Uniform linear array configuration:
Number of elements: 32
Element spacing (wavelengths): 0.25
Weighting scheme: binomial
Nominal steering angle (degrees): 45
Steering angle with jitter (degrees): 45.442
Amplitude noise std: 0.05
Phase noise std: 0.05

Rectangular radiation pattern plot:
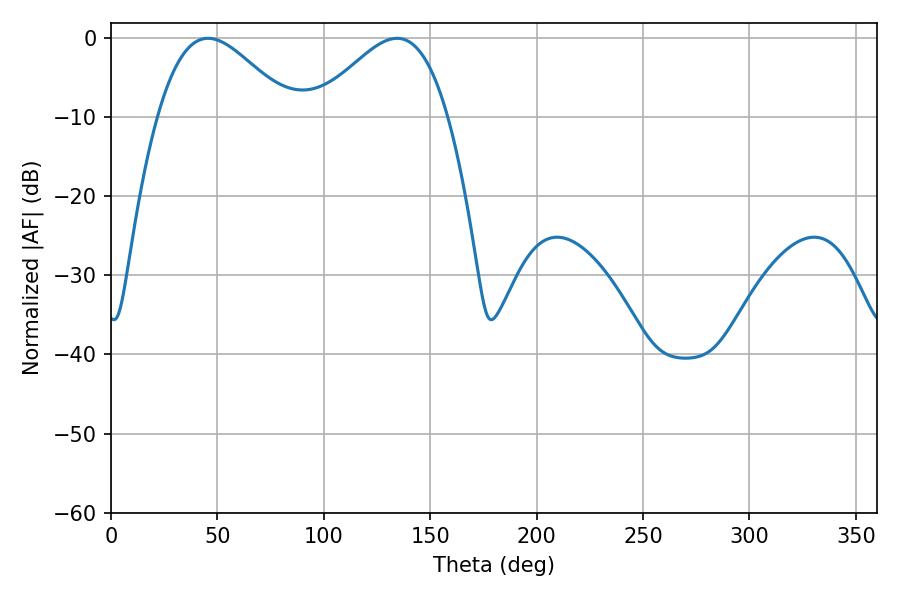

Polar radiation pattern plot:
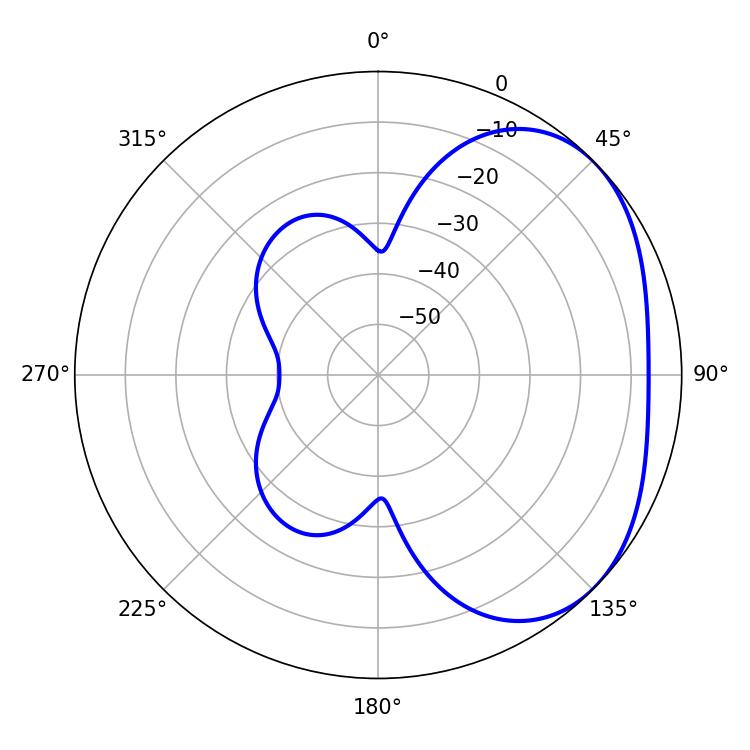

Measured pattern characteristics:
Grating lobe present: FALSE
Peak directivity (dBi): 3.067
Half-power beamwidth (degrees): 33.3
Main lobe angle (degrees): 45.54